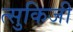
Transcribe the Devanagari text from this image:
त्सुकिजी